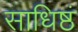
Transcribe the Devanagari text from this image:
साधिष्ठं